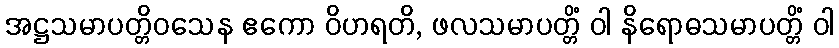
အဋ္ဌသမာပတ္တိဝသေန ဧကော ဝိဟရတိ, ဖလသမာပတ္တိံ ဝါ နိရောဓသမာပတ္တိံ ဝါ